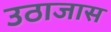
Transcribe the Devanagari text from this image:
उठाजास